Report of the Indian Hemp Drugs Commission, 1894-1895 - Volume V
Year: 1894
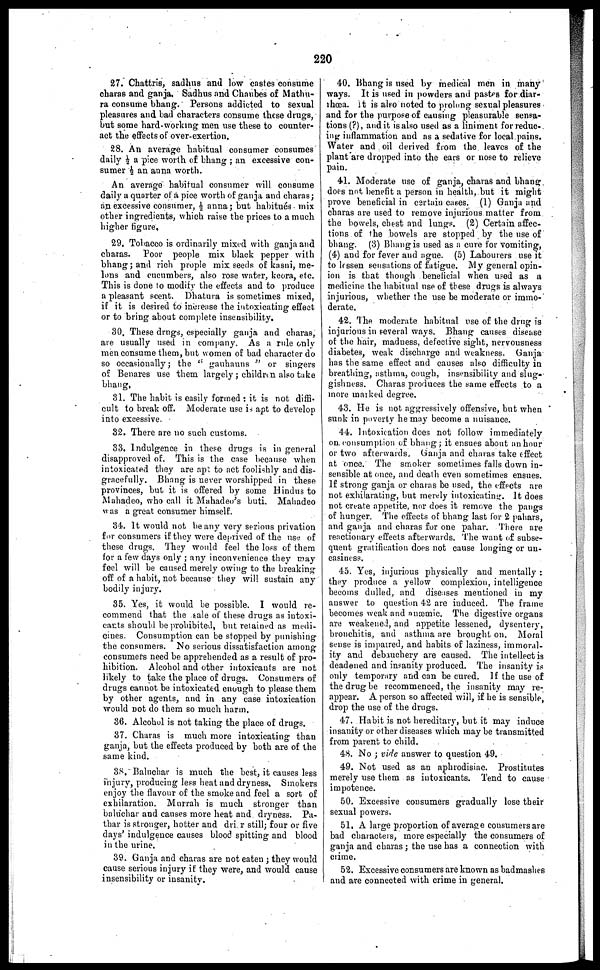
220
27. Chattris, sadhus and low castes consume
charas and ganja. Sadhus and Chaubes of Mathu-
ra consume bhang. Persons addicted to sexual
pleasures and bad characters consume these drugs,
but some hard-working men use these to counter-
act the effects of over-exertion.
28. An average habitual consumer consumes
daily ½ a pice worth of bhang ; an excessive con-
sumer ½ an anna worth.
An average habitual consumer will consume
daily a quarter of a pice worth of ganja and charas ;
an excessive consumer, ½ anna ; but habitues mix
other ingredients, which raise the prices to a much
higher figure.
29. Tobacco is ordinarily mixed with ganja and
charas. Poor people mix black pepper with
bhang ; and rich prople mix seeds of kasni, me-
lons and cucumbers, also rose water, keora, etc.
This is done to modify the effects and to produce
a pleasant scent. Dhatura is sometimes mixed,
if it is desired to increase the intoxicating effect
or to bring about complete insensibility.
30. These drugs, especially ganja and charas,
are usually used in company. As a rule only
men consume them, but women of bad character do
so occasionally ; the "gauhauns" or singers
of Benares use them largely ; children also take
bhang,
31. The habit is easily formed : it is not diffi-
cult to break off. Moderate use is apt to develop
into excessive.
32. There are no such customs.
33. Indulgence in these drugs is in general
disapproved of. This is the case because when
intoxicated they are apt to act foolishly and dis-
gracefully. Bhang is never worshipped in these
provinces, but it is offered by some Hindus to
Mahadeo, who call it Mahadeo's buti. Mahadeo
was a great consumer himself.
34. It would not be any very serious privation
for consumers if they were deprived of the use of
these drugs. They would feel the loss of them
for a few days only ; any inconvenience they may
feel will be caused merely owing to the breaking
off of a habit, not because they will sustain any
bodily injury.
35. Yes, it would he possible. I would re-
commend that the sale of these drugs as intoxi-
cants should be prohibited, but retained as medi-
cines. Consumption can be stopped by punishing
the consumers. No serious dissatisfaction among
consumers need be apprehended as a result of pro-
hibition. Alcohol and other intoxicants are not
likely to take the place of drugs. Consumers of
drugs cannot be intoxicated enough to please them
by other agents, and in any case intoxication
would not do them so much harm.
36. Alcohol is not taking the place of drugs.
37. Charas is much more intoxicating than
ganja, but the effects produced by both are of the
same kind.
38. Baluchar is much the best, it causes less
injury, producing less heat and dryness. Smokers
enjoy the flavour of the smoke and feel a sort of
exhilaration. Murrah is much stronger than
baluchar and causes more heat and dryness. Pa-
thar is stronger, hotter and dri r still; four or five
days' indulgence causes blood spitting and blood
in the urine.
39. Ganja and charas are not eaten ; they would
cause serious injury if they were, and would cause
insensibility or insanity.
40. Bhang is used by medical men in many
ways. It is used in powders and pastes for diar-
rhœa, it is also noted to prolong sexual pleasures
and for the purpose of causing pleasurable sensa-
tions (?), audit is also used as a liniment for reduc-
ing inflammation and as a sedative for local pains.
Water and oil derived from the leaves of the
plant are dropped into the ears or nose to relieve
pain.
41. Moderate use of ganja, charas and bhang
does not benefit a person in health, but it might
prove beneficial in certain cases. (1) Ganja and
charas are used to remove injurious matter from
the bowels, chest and lungs. (2) Certain affec-
tions of the bowels are stopped by the use of
bhang. (3) Bhang is used as a cure for vomiting,
(4) and for fever and ague. (5) Labourers use it
to lessen sensations of fatigue. My general opin-
ion is that though beneficial when used as a
medicine the habitual use of these drugs is always
injurious, whether the use be moderate or immo-
derate,
42. The moderate habitual use of the drug is
injurious in several ways. Bhang causes disease
of the hair, madness, defective sight, nervousness
diabetes, weak discharge and weakness. Ganja
has the same effect and causes also difficulty in
breathing, asthma, cough, insensibility and slug-
gishness. Charas produces the same effects to a
more marked degree.
43. He is not aggressively offensive, but when
sunk in poverty he may become a nuisance.
44. Intoxication does not follow immediately
on. consumption of bhang ; it ensues about an hour
or two afterwards. Ganja and charas take effect
at once. The smoker sometimes falls down in-
sensible at once, and death even sometimes ensues.
If strong ganja or charas be used, the effects are
not exhilarating, but merely intoxicating. It does
not create appetite, nor does it remove the pangs
of hunger. The effects of bhang last for 2 pahars,
and ganja and charas for one pahar. There are
reactionary effects afterwards. The want of subse-
quent gratification does not cause longing or un-
easiness.
45. Yes, injurious physically and mentally :
they produce a yellow complexion, intelligence
becoms dulled, and diseases mentioned in my
answer to question 42 are induced. The frame
becomes weak and anæmic. The digestive organs
are weakened, and appetite lessened, dysentery,
bronchitis, and asthma are brought on Moral
sense is impaired, and habits of laziness, immoral-
ity and debauchery are caused. The intellect is
deadened and insanity produced. The insanity is
only temporary and can be cured. If the use of
the drug he recommenced, the insanity may re-
appear. A person so affected will, if he is sensible,
drop the use of the drugs.
47. Habit is not hereditary, but it may induce
insanity or other diseases which may be transmitted
from parent to child.
48. No ; vide answer to question 49.
49. Not used as an aphrodisiac. Prostitutes
merely use them as intoxicants. Tend to cause
impotence.
50. Excessive consumers gradually lose their
sexual powers,
51. A large proportion of average consumers are
bad characters, more especially the consumers of
ganja and charas ; the use has a connection with
crime.
52. Excessive consumers are known as badmashes
and are connected with crime in general.